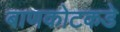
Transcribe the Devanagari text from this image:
बाणकोटकडे